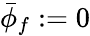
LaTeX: \bar{\phi}_{f}:=0